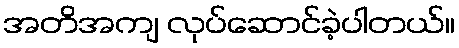
အတိအကျ လုပ်ဆောင်ခဲ့ပါတယ်။